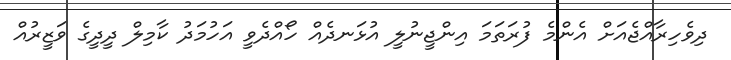
ދިވެހިރާއްޖެއަށް އެންމެ ފުރަތަމަ އިންޖީނުލީ އުޅަނދެއް ހޯއްދެވީ އަހުމަދު ކާމިލް ދީދީގެ ވަޒީރުއް